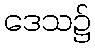
ဒေသ၌